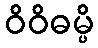
ဝိဝိဓမ္ပိ